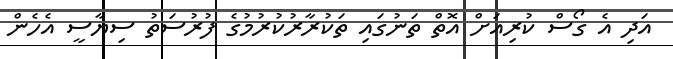
އަދި އެ ގޯސް ކުރިއަށް އޮތް ތަނުގައި ތަކުރާރުކުރުމުގެ ފުރުސަތު ސިޔާސީ އެހެން